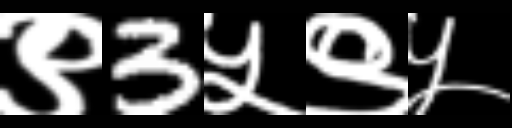
Text: ९3५९५